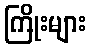
ကြိုးများ